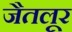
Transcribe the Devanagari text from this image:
जैतलूर